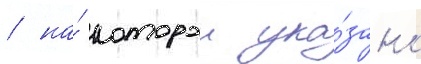
/ на́ которои ука́зано